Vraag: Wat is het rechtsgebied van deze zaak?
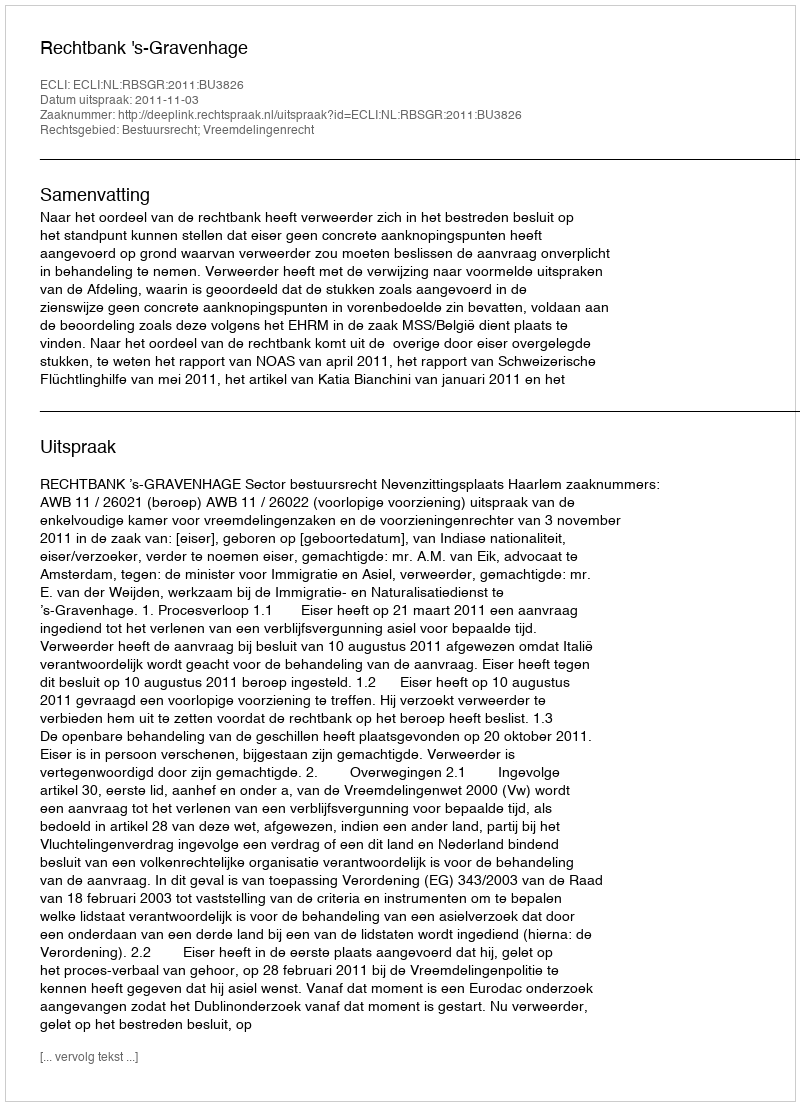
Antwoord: Bestuursrecht; Vreemdelingenrecht